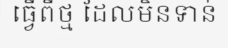
ធ្វើពីថ្ម ដែលមិនទាន់